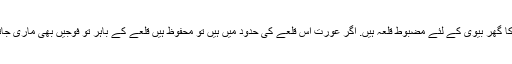
شوہر کا گھر بیوی کے لئے مضبوط قلعہ ہیں. اگر عورت اس قلعے کی حدود میں ہیں تو محفوظ ہیں قلعے کے باہر تو فوجیں بھی ماری جاتی ہیں۔